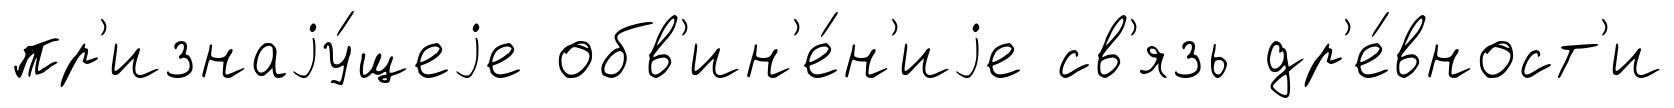
пр'изнаjу́щеjе обв'ин'е́н'иjе св'язь др'е́вност'и